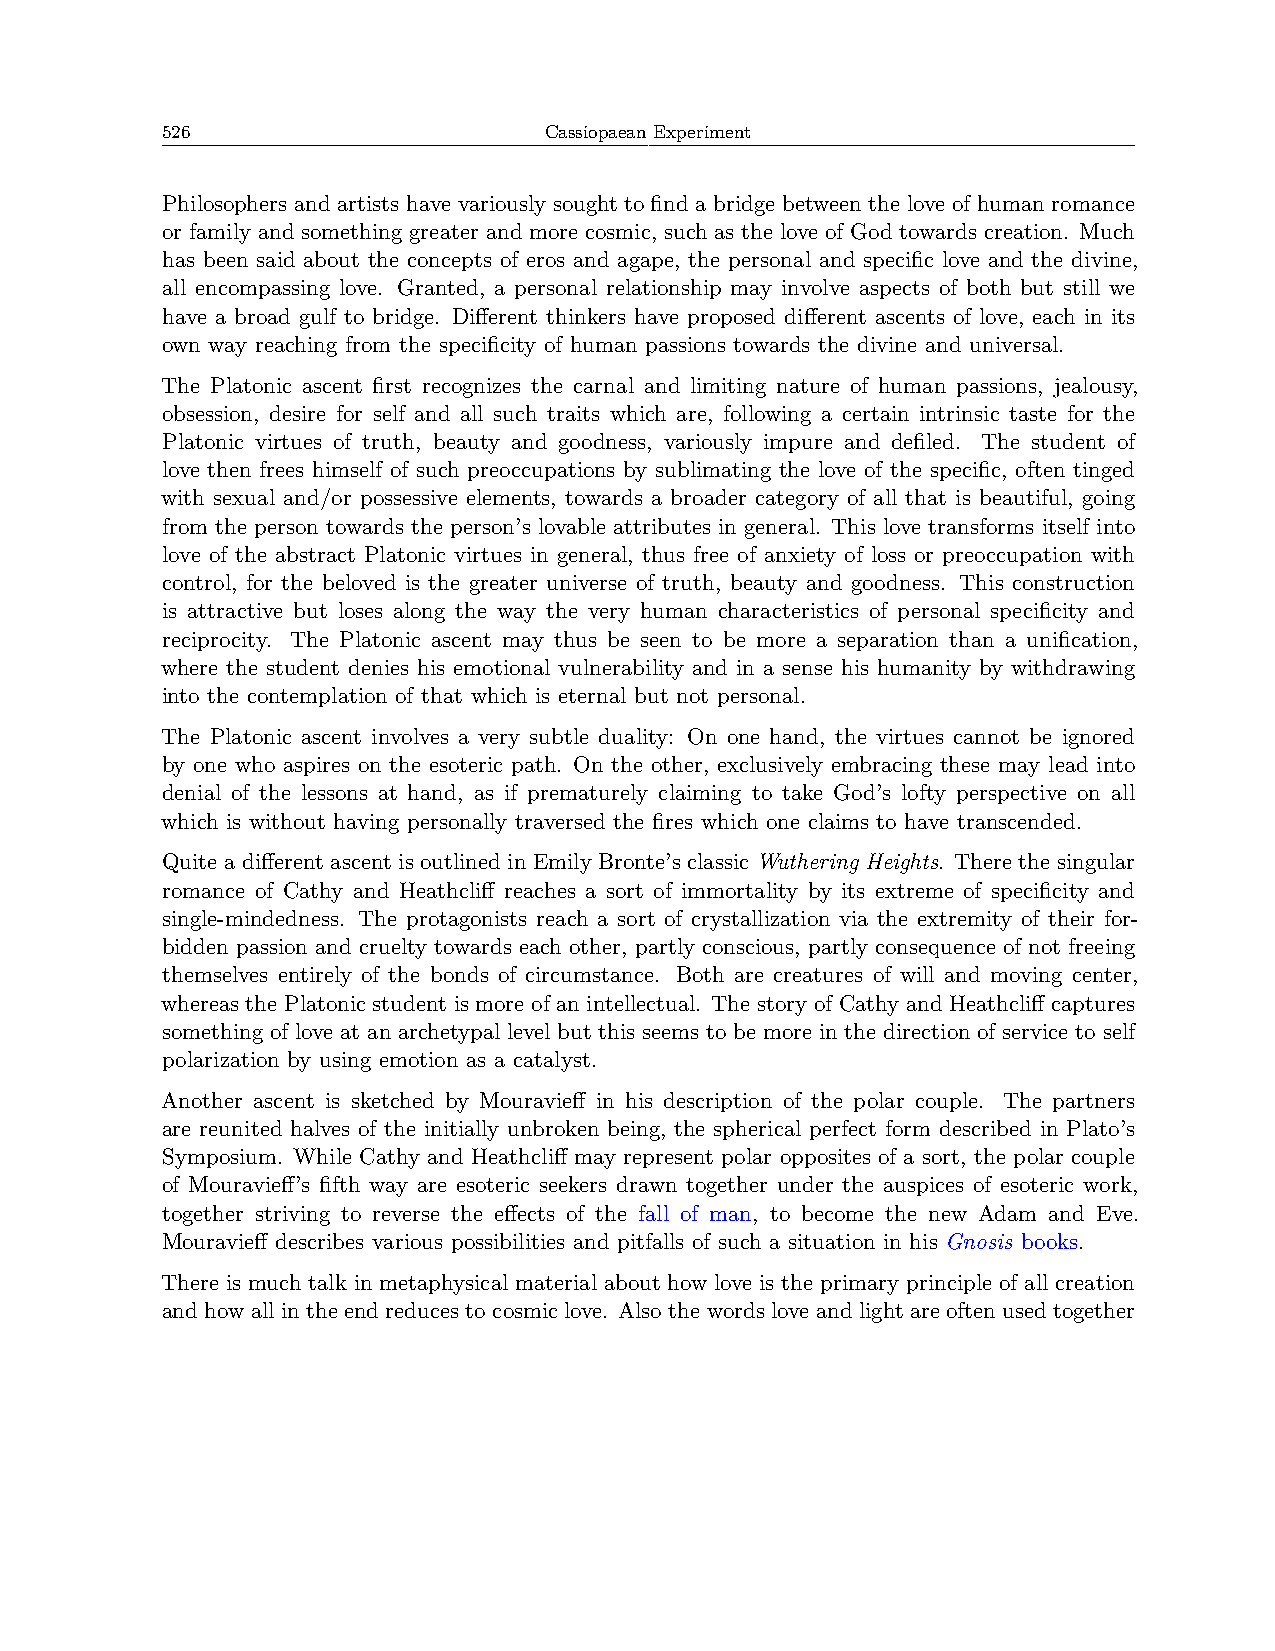
526                      Cassiopaean Experiment
 Philosophers and artists have variously sought to find a bridge between the love of human romance
 or family and something greater and more cosmic, such as the love of God towards creation. Much
 has been said about the concepts of eros and agape, the personal and specific love and the divine,
 all encompassing love. Granted, a personal relationship may involve aspects of both but still we
 have a broad gulf to bridge. Different thinkers have proposed different ascents of love, each in its
 own way reaching from the specificity of human passions towards the divine and universal.
 The Platonic ascent first recognizes the carnal and limiting nature of human passions, jealousy,
 obsession, desire for self and all such traits which are, following a certain intrinsic taste for the
 Platonic virtues of truth, beauty and goodness, variously impure and defiled. The student of
 love then frees himself of such preoccupations by sublimating the love of the specific, often tinged
 with sexual and/or possessive elements, towards a broader category of all that is beautiful, going
 from the person towards the person’s lovable attributes in general. This love transforms itself into
 love of the abstract Platonic virtues in general, thus free of anxiety of loss or preoccupation with
 control, for the beloved is the greater universe of truth, beauty and goodness. This construction
 is attractive but loses along the way the very human characteristics of personal specificity and
 reciprocity. The Platonic ascent may thus be seen to be more a separation than a unification,
 where the student denies his emotional vulnerability and in a sense his humanity by withdrawing
 into the contemplation of that which is eternal but not personal.
 The Platonic ascent involves a very subtle duality: On one hand, the virtues cannot be ignored
 by one who aspires on the esoteric path. On the other, exclusively embracing these may lead into
 denial of the lessons at hand, as if prematurely claiming to take God’s lofty perspective on all
 which is without having personally traversed the fires which one claims to have transcended.
 Quite a different ascent is outlined in Emily Bronte’s classic Wuthering Heights. There the singular
 romance of Cathy and Heathcliff reaches a sort of immortality by its extreme of specificity and
 single-mindedness. The protagonists reach a sort of crystallization via the extremity of their for-
 bidden passion and cruelty towards each other, partly conscious, partly consequence of not freeing
 themselves entirely of the bonds of circumstance. Both are creatures of will and moving center,
 whereas the Platonic student is more of an intellectual. The story of Cathy and Heathcliff captures
 something of love at an archetypal level but this seems to be more in the direction of service to self
 polarization by using emotion as a catalyst.
 Another ascent is sketched by Mouravieff in his description of the polar couple. The partners
 are reunited halves of the initially unbroken being, the spherical perfect form described in Plato’s
 Symposium. While Cathy and Heathcliff may represent polar opposites of a sort, the polar couple
 of Mouravieff’s fifth way are esoteric seekers drawn together under the auspices of esoteric work,
 together striving to reverse the effects of the fall of man, to become the new Adam and Eve.
 Mouravieff describes various possibilities and pitfalls of such a situation in his Gnosis books.
 There is much talk in metaphysical material about how love is the primary principle of all creation
 and how all in the end reduces to cosmic love. Also the words love and light are often used together